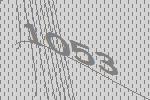
1053